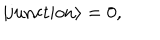
| \mathrm { j u n c t i o n } \rangle = 0 ,